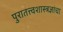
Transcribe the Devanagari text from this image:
पुरातत्त्वशास्त्रज्ञांचा